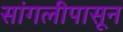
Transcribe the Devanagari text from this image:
सांगलीपासून